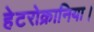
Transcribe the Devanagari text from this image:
हेटरोक्रानिया।